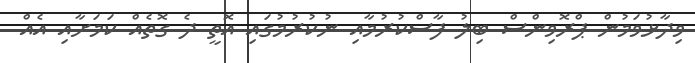
ވިދާޅުވަމުން ޕްރޮވިންސް ބިލު ފާސްކުރުމާއި ނުކުރުމުގައި އޮތީ ދެ ގޮތެއް ކަމަށާއި އެއް